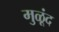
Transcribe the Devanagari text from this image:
मुळूंद